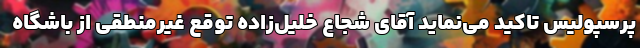
پرسپولیس تاکید می‌نماید آقای شجاع خلیل‌زاده توقع غیرمنطقی از باشگاه